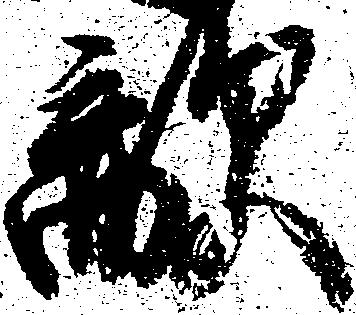
敵